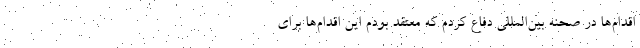
اقدام‌ها در صحنه بين‌المللي دفاع كردم كه معتقد بودم اين اقدام‌ها براي